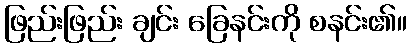
ဖြည်းဖြည်း ချင်း ခြေနင်းကို စနင်း၏။